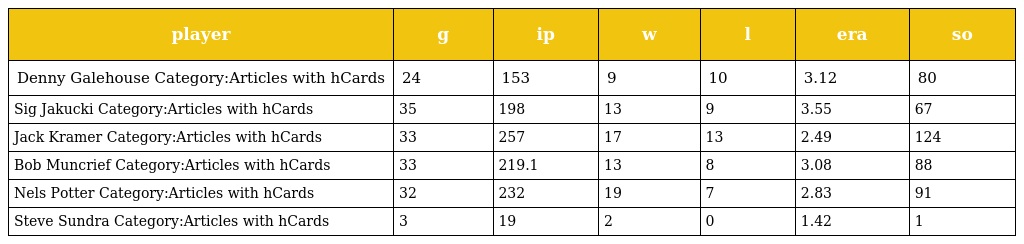
| player | g | ip | w | l | era | so |
 | --- | --- | --- | --- | --- | --- | --- |
 | Denny Galehouse Category:Articles with hCards | 24 | 153 | 9 | 10 | 3.12 | 80 |
 | Sig Jakucki Category:Articles with hCards | 35 | 198 | 13 | 9 | 3.55 | 67 |
 | Jack Kramer Category:Articles with hCards | 33 | 257 | 17 | 13 | 2.49 | 124 |
 | Bob Muncrief Category:Articles with hCards | 33 | 219.1 | 13 | 8 | 3.08 | 88 |
 | Nels Potter Category:Articles with hCards | 32 | 232 | 19 | 7 | 2.83 | 91 |
 | Steve Sundra Category:Articles with hCards | 3 | 19 | 2 | 0 | 1.42 | 1 |